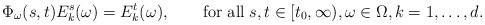
LaTeX: \begin{align*}\Phi_\omega(s,t) E_k^s (\omega) = E_k^t(\omega),\qquad\hbox{for all}\;s,t\in [t_0,\infty), \omega\in\Omega, k=1,\ldots,d.\end{align*}